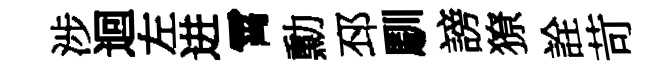
涉迴左进霄勳邳馴謗獠詮苛